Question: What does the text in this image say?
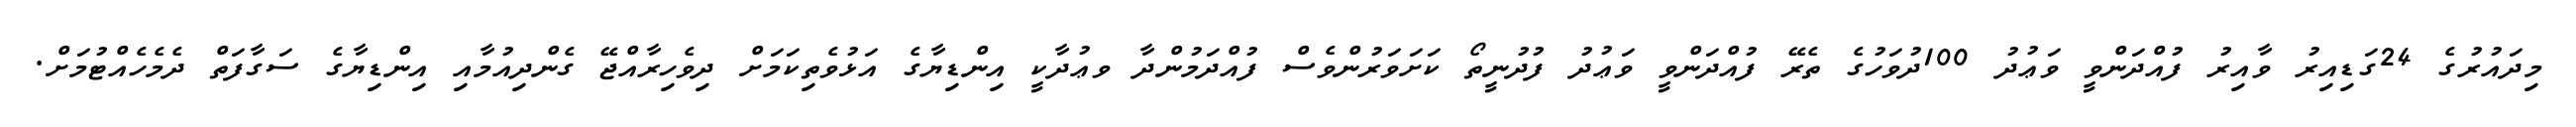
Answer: މިދައުރުގެ 24ގަޑިއިރު ވާއިރު ފުއްދަންވީ ވަޢުދު 100ދުވަހުގެ ތެރޭ ފުއްދަންވީ ވަޢުދު ފުދުނީތޯ ކަށަވަރުންވެސް ފުއްދަމުންދާ ވޢުދާކީ އިންޑިޔާގެ އަޅުވެތިކަމަށް ދިވެހިރާއްޖޭ ގެންދިއުމާއި އިންޑިޔާގެ ސަގާފަތް ދެމެހެއްޓުމަށް.